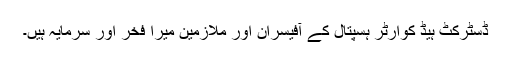
ڈسٹرکٹ ہیڈ کوارٹر ہسپتال کے آفیسران اور ملازمین میرا فخر اور سرمایہ ہیں۔